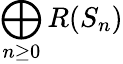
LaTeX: \bigoplus_{n\geq 0}R(S_{n})